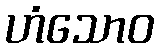
ဟံသောဝ